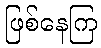
ဖြစ်နေကြ